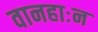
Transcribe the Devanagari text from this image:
वानहाःन